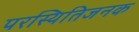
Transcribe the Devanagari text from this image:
परस्थितिजनक